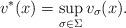
LaTeX: \begin{align*}v^*(x) = \sup_{\sigma \in \Sigma} v_{\sigma} (x).\end{align*}